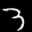
Label: 3